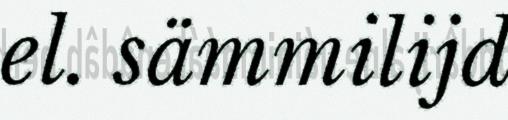
el. sämmilijd